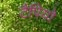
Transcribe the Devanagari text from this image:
टैपियो